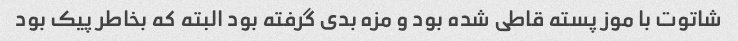
شاتوت با موز پسته قاطی شده بود و مزه بدی گرفته بود البته که بخاطر پیک بود